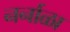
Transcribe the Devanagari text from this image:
नर्नाळा